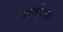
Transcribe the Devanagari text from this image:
होर्मुझच्या